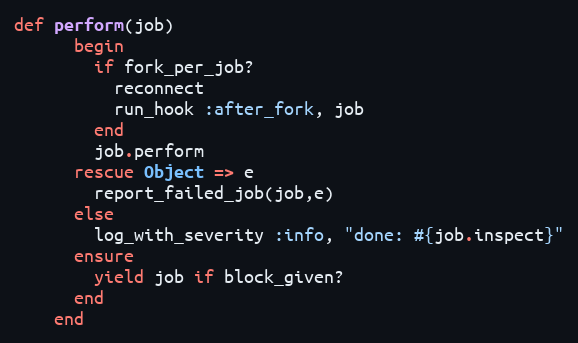
Language: Ruby
def perform(job)
      begin
        if fork_per_job?
          reconnect
          run_hook :after_fork, job
        end
        job.perform
      rescue Object => e
        report_failed_job(job,e)
      else
        log_with_severity :info, "done: #{job.inspect}"
      ensure
        yield job if block_given?
      end
    end